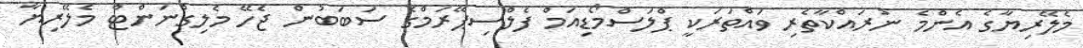
މެލޭރިޔާގެ އެންމެ ނުރައްކާތެރި ވައްތަރަކީ ޕްލަސްމޯޑިއަމް ފެލްސިޕޭރަމްގެ ސަބަބުން ޖެހޭ މެލިގްނަންޓް މެލޭރިޔާ